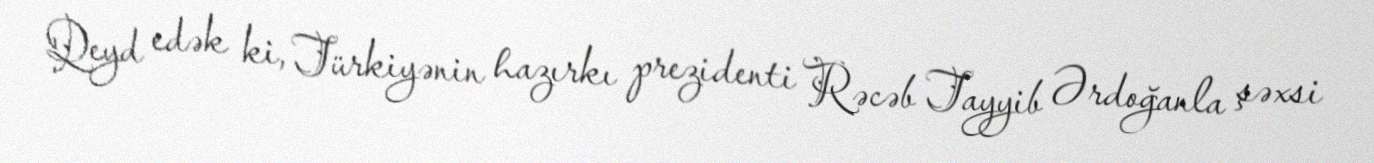
Qeyd edək ki, Türkiyənin hazırkı prezidenti Rəcəb Tayyib Ərdoğanla şəxsi